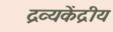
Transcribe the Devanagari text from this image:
द्रव्यकेंद्रीय